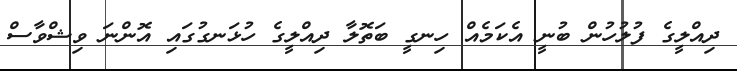
ދިއްލީގެ ފުލުހުން ބުނީ އެކަމެއް ހިނގީ ބަތޮލާ ދިއްލީގެ ހުޅަނގުގައި އޮންނަ ވިޝްވާސް